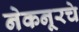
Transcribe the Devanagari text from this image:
नेकनूरचे